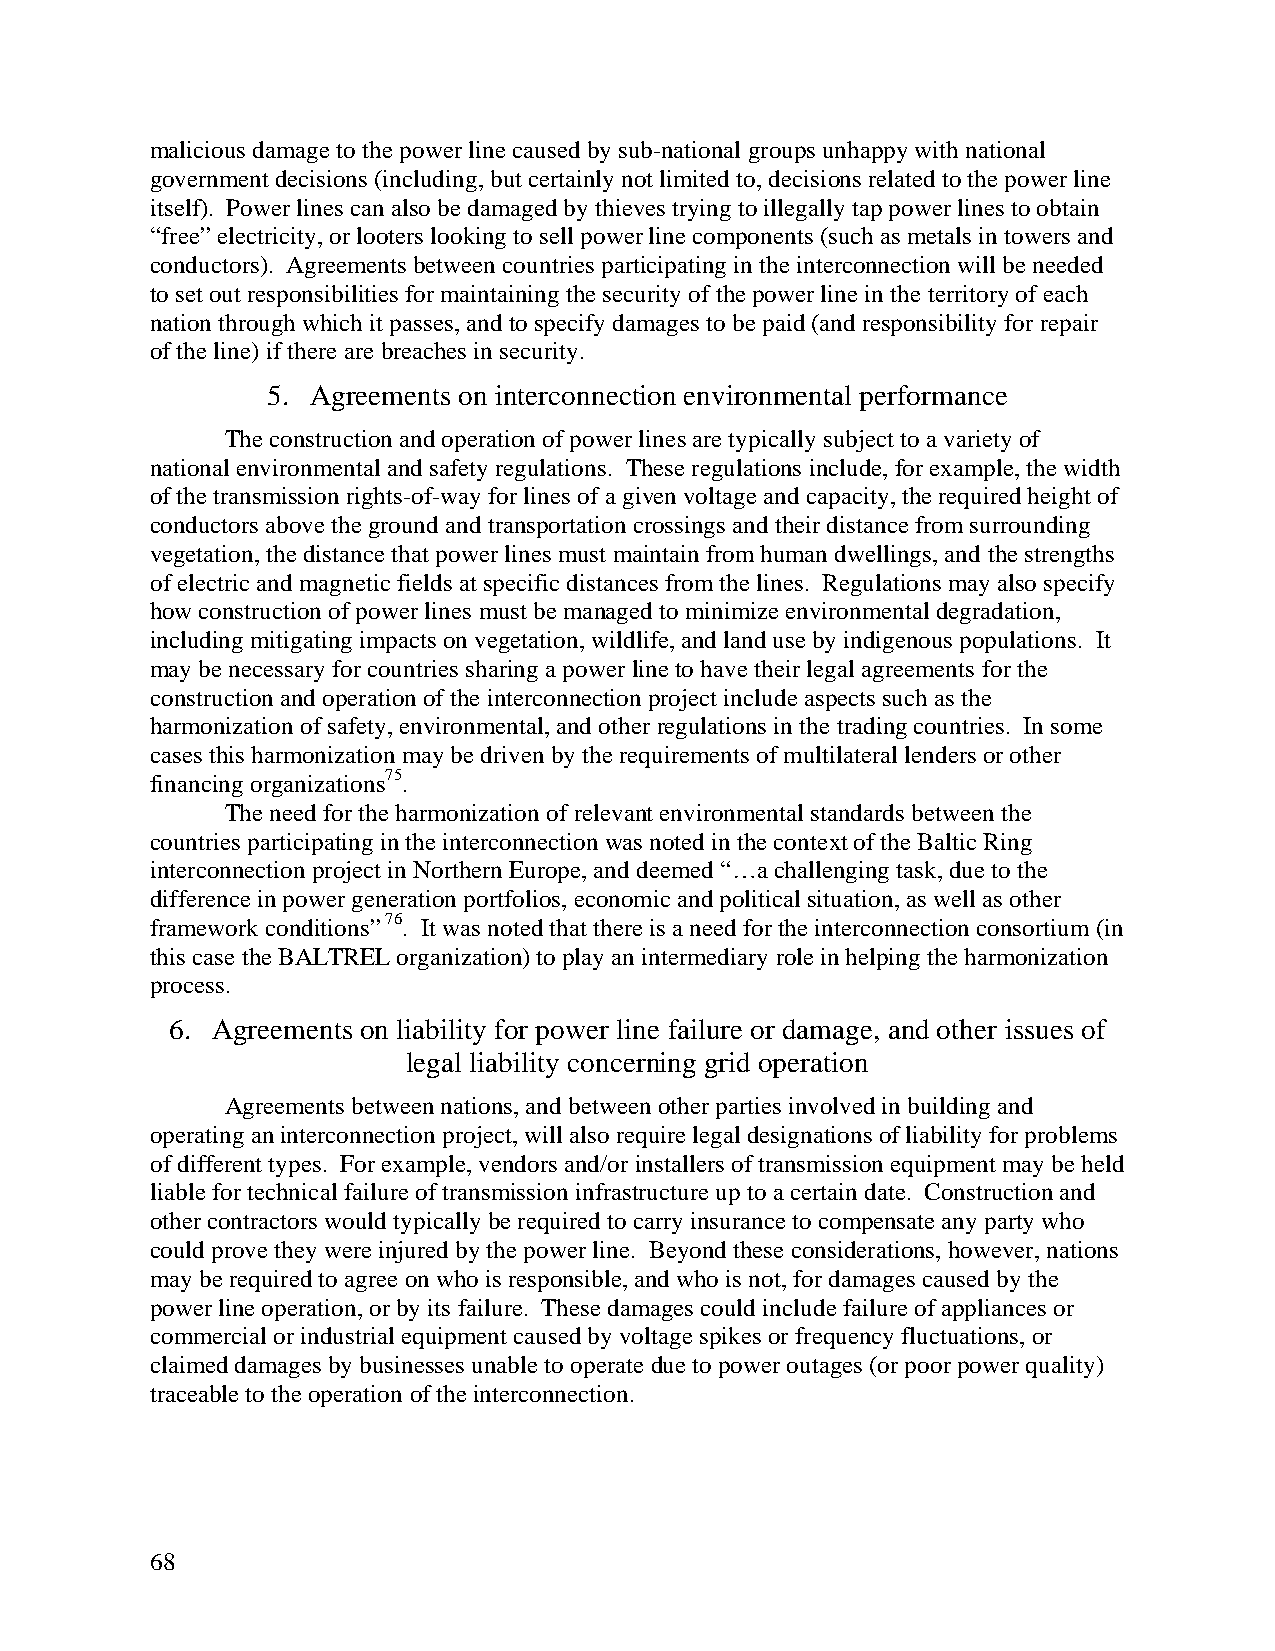
malicious damage to the power line caused by sub-national groups unhappy with national
 government decisions (including, but certainly not limited to, decisions related to the power line
 itself). Power lines can also be damaged by thieves trying to illegally tap power lines to obtain
 “free” electricity, or looters looking to sell power line components (such as metals in towers and
 conductors). Agreements between countries participating in the interconnection will be needed
 to set out responsibilities for maintaining the security of the power line in the territory of each
 nation through which it passes, and to specify damages to be paid (and responsibility for repair
 of the line) if there are breaches in security.
 5. Agreements on interconnection environmental performance
 The construction and operation of power lines are typically subject to a variety of
 national environmental and safety regulations. These regulations include, for example, the width
 of the transmission rights-of-way for lines of a given voltage and capacity, the required height of
 conductors above the ground and transportation crossings and their distance from surrounding
 vegetation, the distance that power lines must maintain from human dwellings, and the strengths
 of electric and magnetic fields at specific distances from the lines. Regulations may also specify
 how construction of power lines must be managed to minimize environmental degradation,
 including mitigating impacts on vegetation, wildlife, and land use by indigenous populations. It
 may be necessary for countries sharing a power line to have their legal agreements for the
 construction and operation of the interconnection project include aspects such as the
 harmonization of safety, environmental, and other regulations in the trading countries. In some
 cases this harmonization may be driven by the requirements of multilateral lenders or other
 financing organizations75.
 The need for the harmonization of relevant environmental standards between the
 countries participating in the interconnection was noted in the context of the Baltic Ring
 interconnection project in Northern Europe, and deemed “…a challenging task, due to the
 difference in power generation portfolios, economic and political situation, as well as other
 framework conditions” 76. It was noted that there is a need for the interconnection consortium (in
 this case the BALTREL organization) to play an intermediary role in helping the harmonization
 process.
 6. Agreements on liability for power line failure or damage, and other issues of
 legal liability concerning grid operation
 Agreements between nations, and between other parties involved in building and
 operating an interconnection project, will also require legal designations of liability for problems
 of different types. For example, vendors and/or installers of transmission equipment may be held
 liable for technical failure of transmission infrastructure up to a certain date. Construction and
 other contractors would typically be required to carry insurance to compensate any party who
 could prove they were injured by the power line. Beyond these considerations, however, nations
 may be required to agree on who is responsible, and who is not, for damages caused by the
 power line operation, or by its failure. These damages could include failure of appliances or
 commercial or industrial equipment caused by voltage spikes or frequency fluctuations, or
 claimed damages by businesses unable to operate due to power outages (or poor power quality)
 traceable to the operation of the interconnection.
 68